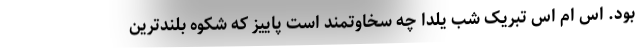
بود. اس ام اس تبریک شب یلدا چه سخاوتمند است پاییز که شکوه بلندترین